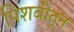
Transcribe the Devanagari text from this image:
पिशवीतून